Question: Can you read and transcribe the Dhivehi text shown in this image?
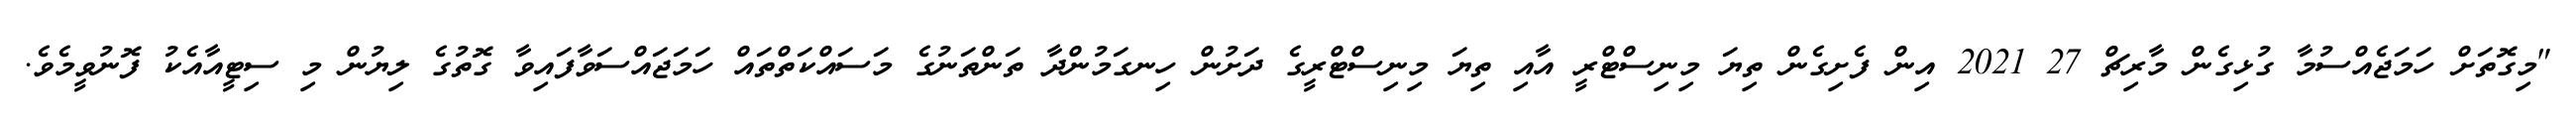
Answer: "މިގޮތަށް ހަމަޖެއްސުމާ ގުޅިގެން މާރިޗް 27 2021 އިން ފެށިގެން ތިޔަ މިނިސްޓްރީ އާއި ތިޔަ މިނިސްޓްރީގެ ދަށުން ހިނގަމުންދާ ތަންތަނުގެ މަސައްކަތްތައް ހަމަޖައްސަވާފައިވާ ގޮތުގެ ލިޔުން މި ސިޓީއާއެކު ފޮނުވީމެވެ.